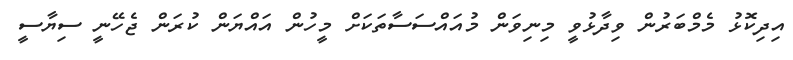
އިދިކޮޅު މެމްބަރުން ވިދާޅުވީ މިނިވަން މުއައްސަސާތަކަށް މީހުން އައްޔަން ކުރަން ޖެހޭނީ ސިޔާސީ